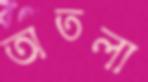
অতলা